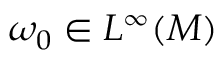
\omega _ { 0 } \in L ^ { \infty } ( M )